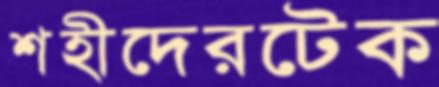
শহীদেরটেক